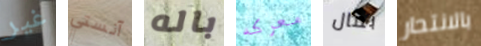
غير آنستي باله معركه بمال بالانتحار